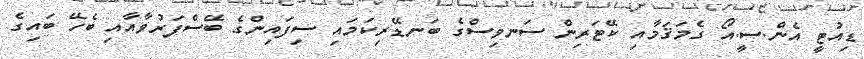
ޑިއުޓީ އެން.ސީ.އޯ ގެމަޤަމާއި ކޭޓަރިން ސަނވިސްގެ ބަނޑޭރިކަމައި ސިފައިންގެ ބޭސްފަރުވާއާއި ބެހޭ ބައިގެ